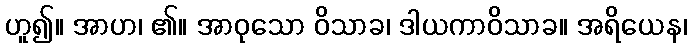
ဟူ၍။ အာဟ၊ ၏။ အာဝုသော ဝိသာခ၊ ဒါယကာဝိသာခ။ အရိယေန၊